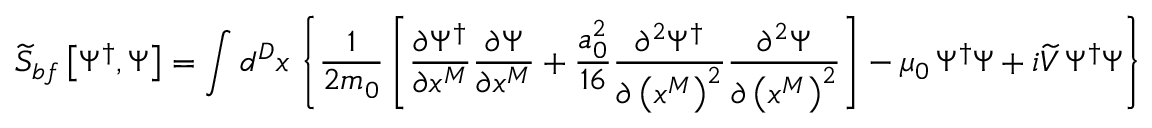
\widetilde { S } _ { b f } \left[ \Psi ^ { \dagger } , \Psi \right] = \int d ^ { D } x \, \left\{ \frac { 1 } { 2 m _ { 0 } } \left[ \frac { \partial \Psi ^ { \dagger } } { \partial x ^ { M } } \frac { \partial \Psi } { \partial x ^ { M } } + \frac { a _ { 0 } ^ { 2 } } { 1 6 } \frac { \partial ^ { 2 } \Psi ^ { \dagger } } { \partial \left( x ^ { M } \right) ^ { 2 } } \frac { \partial ^ { 2 } \Psi } { \partial \left( x ^ { M } \right) ^ { 2 } } \right] - \mu _ { 0 } \, \Psi ^ { \dagger } \Psi + i \widetilde { V } \, \Psi ^ { \dagger } \Psi \right\} \; .